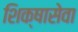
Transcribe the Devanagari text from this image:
शिक्षासेवा